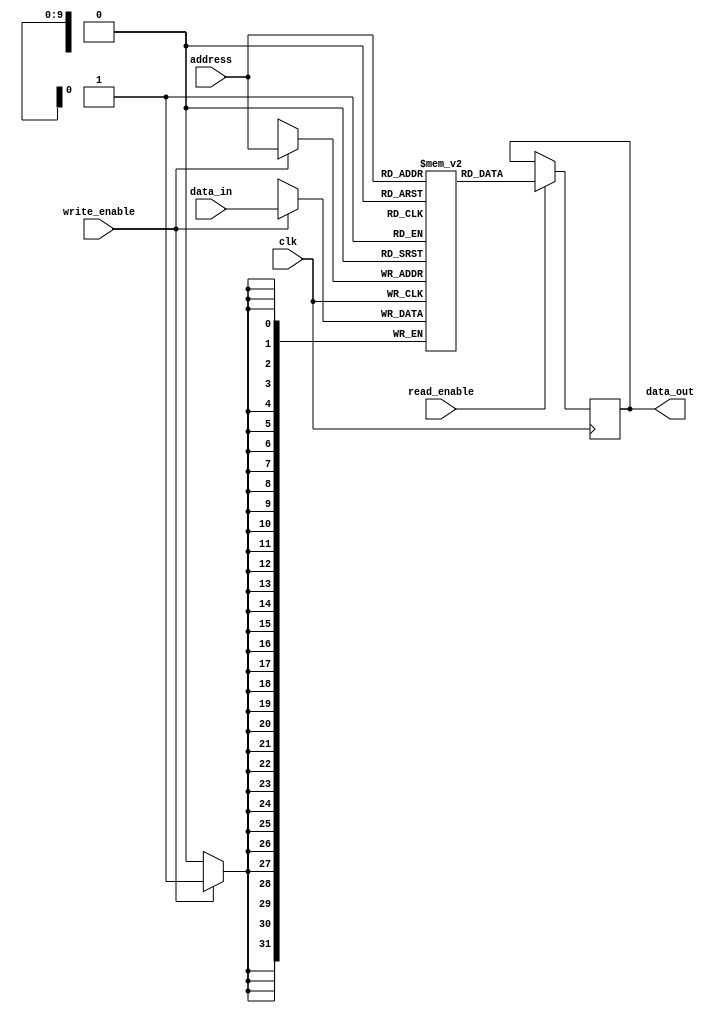
module SDRAM (
    input wire [31:0] data_in,
    input wire [9:0] address,
    input wire write_enable,
    input wire read_enable,
    input wire clk,
    output reg [31:0] data_out
);

reg [31:0] memory [0:1023]; // Assuming 1024 memory locations

always @(posedge clk) begin
    if (write_enable) begin
        memory[address] <= data_in;
    end
    if (read_enable) begin
        data_out <= memory[address];
    end
end

endmodule